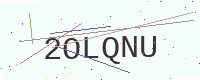
Text: 2OLQNU